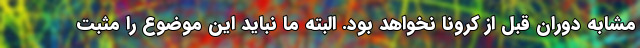
مشابه دوران قبل از کرونا نخواهد بود. البته ما نباید این موضوع را مثبت